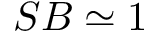
S B \simeq 1